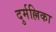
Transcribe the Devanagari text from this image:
दुर्मल्लिका